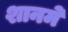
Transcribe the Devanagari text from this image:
शानमे